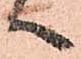
へ